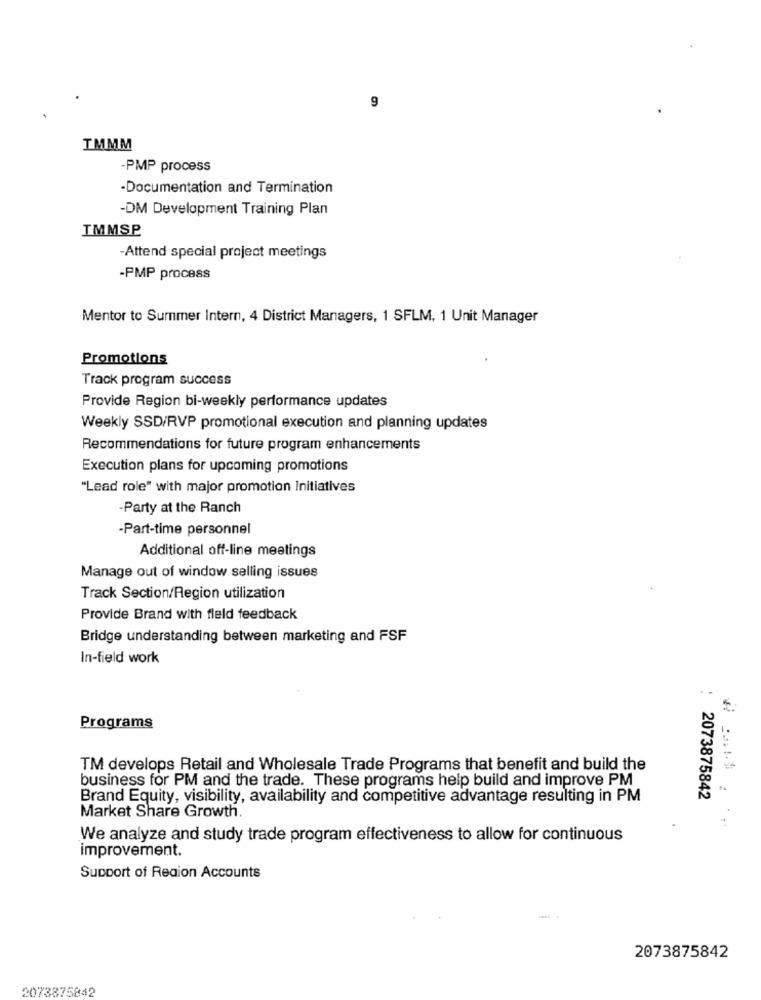
9
TMMM
-PMP process
-Documentation and Termination
-DM Development Training Plan
IMMSP
-Attend special project meetings
-PMP process
Mentor to Summer Intern, 4 District Managers, 1 SFLM, 1 Unit Manager
Promotions
Track program success
Provide Region bi-weekly performance updates
Weekly SSD/RVP promotional execution and planning updates
Recommendations for future program enhancements
Execution plans for upcoming promotions
"Lead role" with major promotion Initiatives
-Party at the Ranch
-Part-time personnel
Additional off-line meetings
Manage out of window selling issues
Track Section/Region utilization
Provide Brand with fleld feedback
Bridge understanding between marketing and FSF
In-field work
..
Programs
TM develops Retail and Wholesale Trade Programs that benefit and build the
business for PM and the trade. These programs help build and improve PM
Brand Equity, visibility, availability and competitive advantage resulting in PM
2073875842
Market Share Growth.
We analyze and study trade program effectiveness to allow for continuous
improvement.
Support of Reaion Accounts
2073875842
2073875842